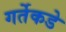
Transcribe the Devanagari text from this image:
गर्तेकडे